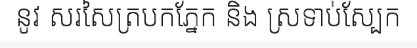
នូវ សរសៃត្របកភ្នែក និង ស្រទាប់ស្បែក